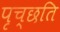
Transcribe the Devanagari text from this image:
पृच्छति